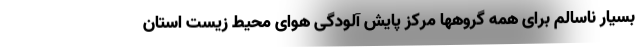
بسیار ناسالم برای همه گروهها مرکز پایش آلودگی هوای محیط زیست استان